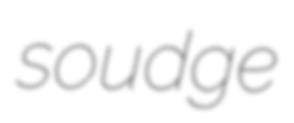
soudge